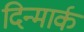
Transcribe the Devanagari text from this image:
दिन्मार्क